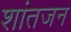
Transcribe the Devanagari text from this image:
शांतजन